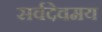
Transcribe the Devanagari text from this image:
सर्वदेवमय